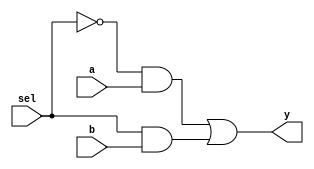
/********************************************************************************************
Copyright 2019 - Maven Silicon Softech Pvt Ltd. 
 
All Rights Reserved.

This source code is an unpublished work belongs to Maven Silicon Softech Pvt Ltd.

It is not to be shared with or used by any third parties who have not enrolled for our paid training 

courses or received any written authorization from Maven Silicon.


Webpage     :      www.maven-silicon.com

Filename    :	   mux2_1.v   

Description :      2:1 Mux

Author Name :      Susmita Nayak

Version     :      1.0
*********************************************************************************************/

module mux2_1(input a,b,sel,
	      output y);
	 
   assign y = (~sel&a)|(sel&b);

endmodule